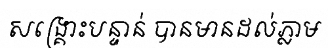
សង្គ្រោះបន្ទាន់ បានមានដល់ភ្លាម